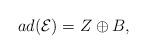
LaTeX: \begin{align*}ad(\mathcal{E}) = Z\oplus B,\end{align*}